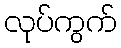
လုပ်ကွက်